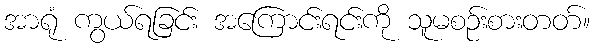
အာရုံ ကွယ်ရခြင်း အကြောင်းရင်းကို သူမစဉ်းစားတတ်။